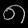
Digit: ၈